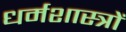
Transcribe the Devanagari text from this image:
धर्मशास्‍त्रों